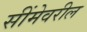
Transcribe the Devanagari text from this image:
सींमेवरील